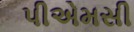
પીએમસી